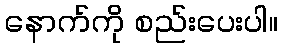
နောက်ကို စည်းပေးပါ။